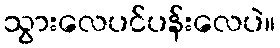
သွားလေပင်ပန်းလေပဲ။